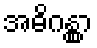
အဓိဂန္တွာ